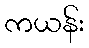
ကယန်း